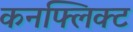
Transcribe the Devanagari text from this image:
कनफ्लिक्ट